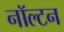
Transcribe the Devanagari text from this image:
नॉल्टन